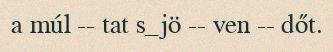
a múl -- tat s_jö -- ven -- dőt.